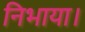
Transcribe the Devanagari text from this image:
निभाया।